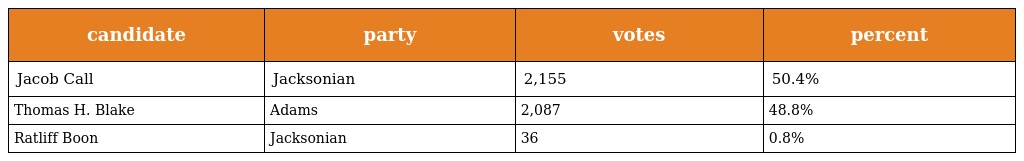
| candidate | party | votes | percent |
 | --- | --- | --- | --- |
 | Jacob Call | Jacksonian | 2,155 | 50.4% |
 | Thomas H. Blake | Adams | 2,087 | 48.8% |
 | Ratliff Boon | Jacksonian | 36 | 0.8% |